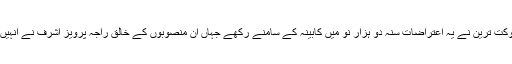
وزیر خزانہ شوکت ترین نے یہ اعتراضات سنہ دو ہزار نو میں کابینہ کے سامنے رکھے جہاں ان منصوبوں کے خالق راجہ پرویز اشرف نے انہیں مسترد کر دیا۔